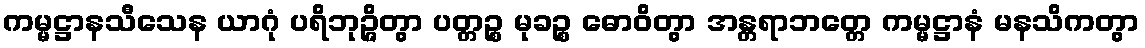
ကမ္မဋ္ဌာနသီသေန ယာဂုံ ပရိဘုဉ္ဇိတွာ ပတ္တဉ္စ မုခဉ္စ ဓောဝိတွာ အန္တရာဘတ္တေ ကမ္မဋ္ဌာနံ မနသိကတွာ